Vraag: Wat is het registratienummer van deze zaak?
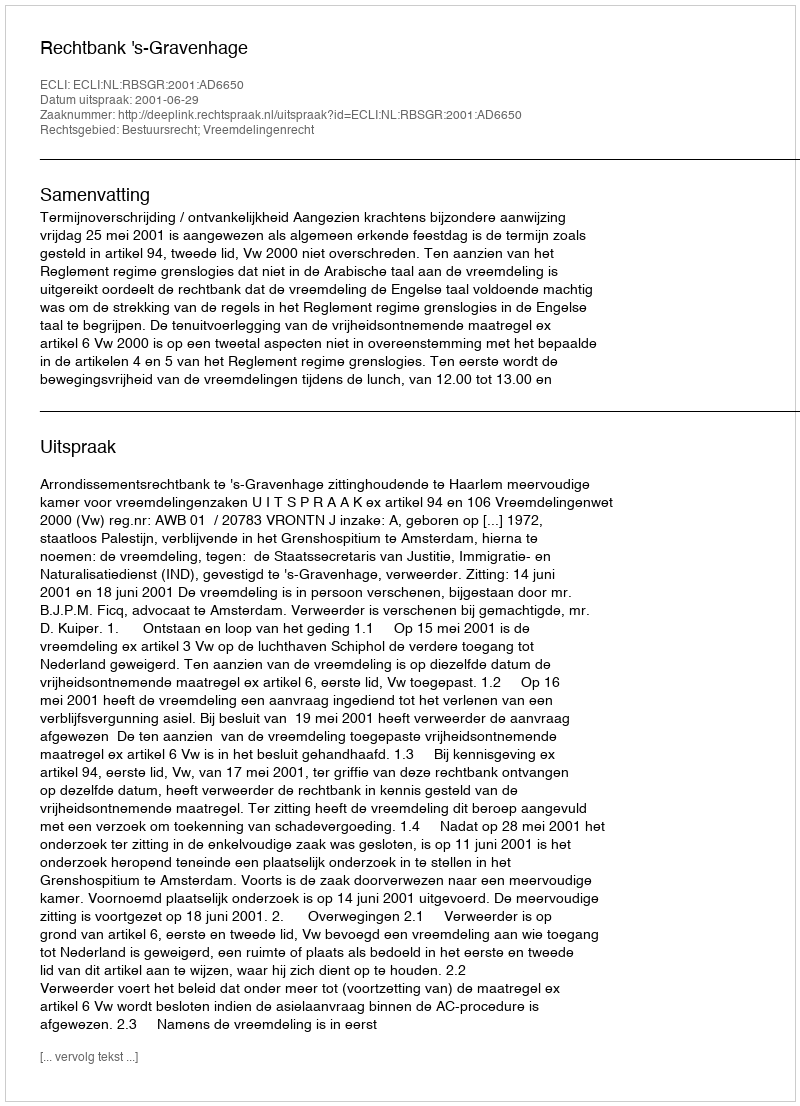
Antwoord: http://deeplink.rechtspraak.nl/uitspraak?id=ECLI:NL:RBSGR:2001:AD6650